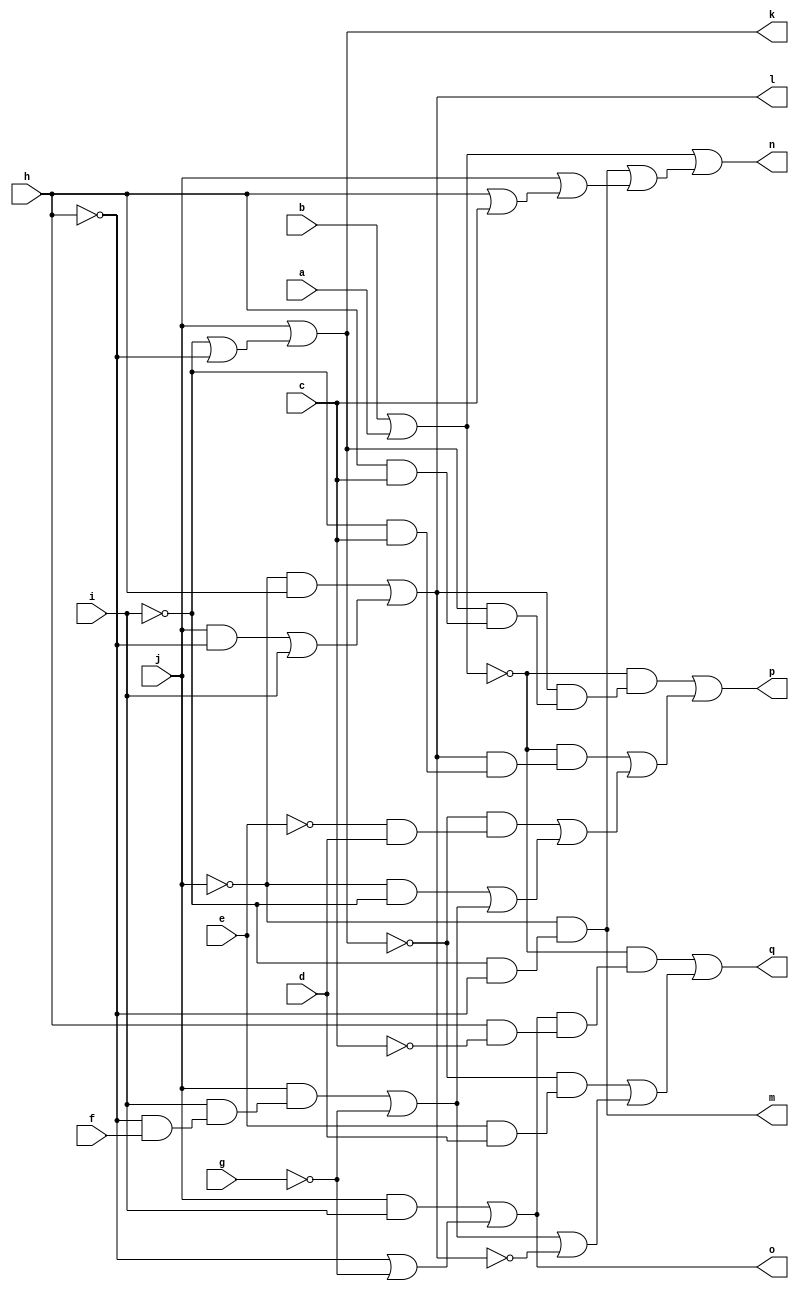
// IWLS benchmark module "x2" printed on Wed May 29 16:25:48 2002
module x2(a, b, c, d, e, f, g, h, i, j, k, l, m, n, o, p, q);
input
  a,
  b,
  c,
  d,
  e,
  f,
  g,
  h,
  i,
  j;
output
  k,
  l,
  m,
  n,
  o,
  p,
  q;
wire
  \[7] ,
  \[9] ,
  \[0] ,
  \[1] ,
  \[2] ,
  \[3] ,
  \[4] ,
  \[5] ,
  \[6] ;
assign
  \[7]  = (j & (i & (~h & f))) | ~g,
  \[9]  = b | a,
  \[0]  = j | (~i | ~h),
  \[1]  = (~j & h) | ((j & ~h) | i),
  k = \[0] ,
  l = \[1] ,
  m = \[2] ,
  n = \[3] ,
  o = \[4] ,
  p = \[5] ,
  q = \[6] ,
  \[2]  = ~j & (~i & ~h),
  \[3]  = \[9]  | (\[2]  | (j | (h | c))),
  \[4]  = (j & i) | (~h | ~g),
  \[5]  = (~\[9]  & (\[1]  & (\[0]  & (h & c)))) | ((~\[9]  & (\[1]  & (~i & c))) | ((~\[0]  & (~e & d)) | ((~j & ~i) | \[7] ))),
  \[6]  = (~\[9]  & (\[4]  & (h & ~c))) | ((~\[0]  & (e & d)) | (\[7]  | ~\[1] ));
endmodule